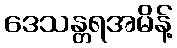
ဒေသန္တရအမိန့်